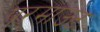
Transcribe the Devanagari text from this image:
परमाउंट